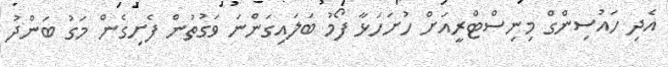
އެދި ހައުސިންގް މިނިސްޓްރީއަށް ހުށަހަޅާ ފޯމު ބަލައިގަންނަ ވަގުތުން ފެށިގެން މަގު ބަންދު